Lunatic asylums in Bengal annual reports 1912-1924 - 1912-1924
Year: 1912
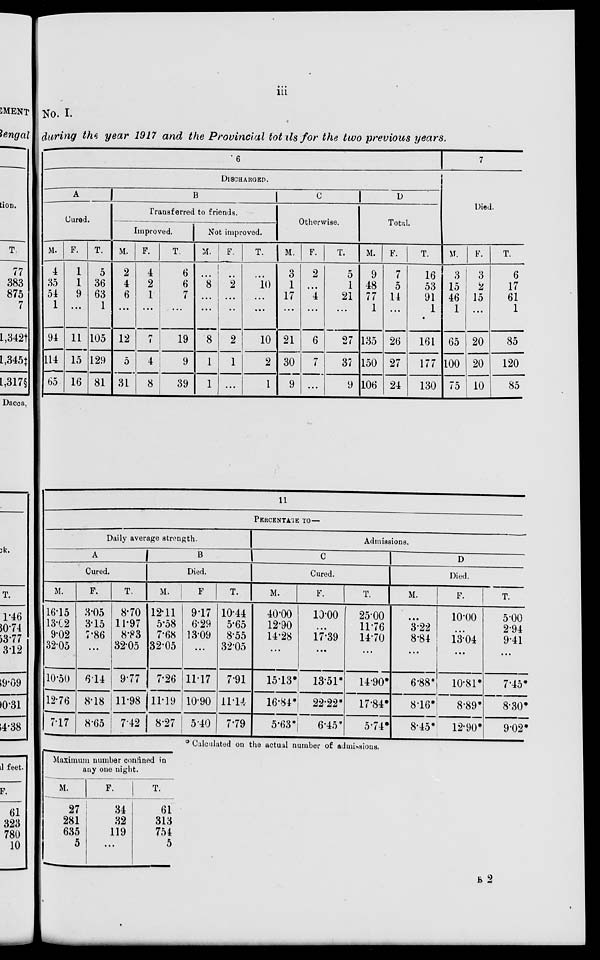
iii
No. I.
during the year 1917 and the Provincial totals for the two previous years.
6
DISCHARGED
A
Cured.
M.
4
35
54
1
94
114
65
F.
1
1
9
...
11
15
16
T.
5
36
63
1
105
129
81
B
Transferred to friends.
Improved.
M.
2
4
6
...
12
5
31
F.
4
2
1
...
7
4
8
T.
6
6
7
...
19
9
39
Not improved.
M.
...
8
...
...
8
1
1
F.
...
2
...
...
2
1
...
T.
...
10
...
...
10
2
1
C
Otherwise.
M.
3
1
17
...
21
30
9
F.
2
...
4
...
6
7
...
T.
5
1
21
...
27
37
9
D
Total.
M.
9
48
77
1
135
150
106
F.
7
5
14
...
26
27
24
T.
16
53
91
1
161
177
130
7
Died.
M.
3
15
46
1
65
100
75
F.
3
2
15
...
20
20
10
T.
6
17
61
1
85
120
85
11
PERCENTAGE TO—
Daily average strength.
A
Cured.
M.
16.15
13.02
9.02
32.05
10.50
12.76
7.17
F.
3.05
3.15
7.86
...
6.14
8.18
8.65
T.
8.70
11.97
8.83
32.05
9.77
11.98
7.42
B
Died.
M.
12.11
5.58
7.68
32.05
7.26
11.19
8.27
F
9.17
6.29
13.09
...
11.17
10.90
5.40
T.
10.44
5.65
8.55
32-05
7.91
11.14
7.79
Admissions.
C
Cured.
M.
40.00
12.90
14.28
...
15.13*
16.84*
5.63*
F.
10.00
...
17.39
...
13.51*
22.22*
6.45*
T.
25.00
11.76
14.70
...
14.90*
17.84*
5.74*
D
Died.
M.
...
3.22
8.84
...
6.88*
8.16*
8.45*
F.
10.00
...
13.04
...
10.81*
8.89*
12.90*
T.
5.00
2.94
9.41
...
7.45*
8.30*
9.02*
* Calculated on the actual number of admissions.
Maximum number confined in
any one night.
M.
27
281
635
5
F.
34
32
119
...
T.
61
313
754
5
B 2